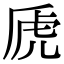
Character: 虒